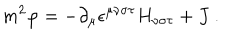
m ^ { 2 } \varphi = - \partial _ { \mu } \epsilon ^ { \mu \nu \sigma \tau } H _ { \nu \sigma \tau } + J \ .